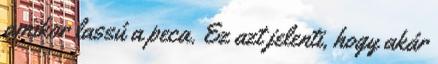
amikor lassú a peca. Ez azt jelenti, hogy akár